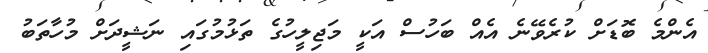
އެންމެ ބޮޑަށް ކުރެވޭނެ އެއް ބަހުސް އަކީ މަޖިލީހުގެ ތަޅުމުގައި ނަޝީދަށް މުހާތަބު